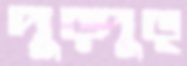
দুড়্‌দুড়্‌